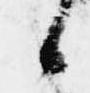
候